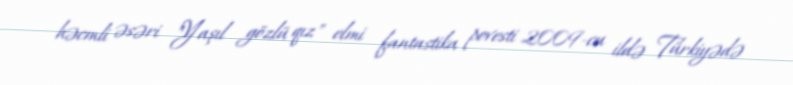
həcmli əsəri "Yaşıl gözlü qız" elmi fantastika povesti 2009-cu ildə Türkiyədə